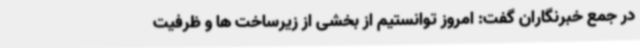
در جمع خبرنگاران گفت: امروز توانستیم از بخشی از زیرساخت ها و ظرفیت